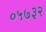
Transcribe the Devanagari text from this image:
०५७३२